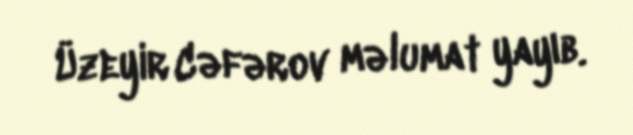
Üzeyir Cəfərov məlumat yayıb.